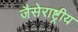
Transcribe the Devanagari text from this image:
जैसेराष्ट्रीय